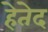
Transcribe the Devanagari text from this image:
हेतेद